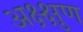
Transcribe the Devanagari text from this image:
अक्ष्क्षुण